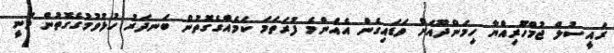
ރައީސުލް ޖުމްހޫރިއްޔާ ހިމަންދޫއަށް ވަޑައިގެން އެއްންމެ ފުރަތަމަ ކަމެއްގެގޮތުން ބަނދަރު ހުޅުވުމުގެގޮތުން ވަނީ